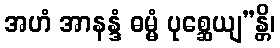
အဟံ အာနန္ဒံ ဓမ္မံ ပုစ္ဆေယျ”န္တိ၊